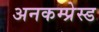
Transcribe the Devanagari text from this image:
अनकम्प्रेस्ड